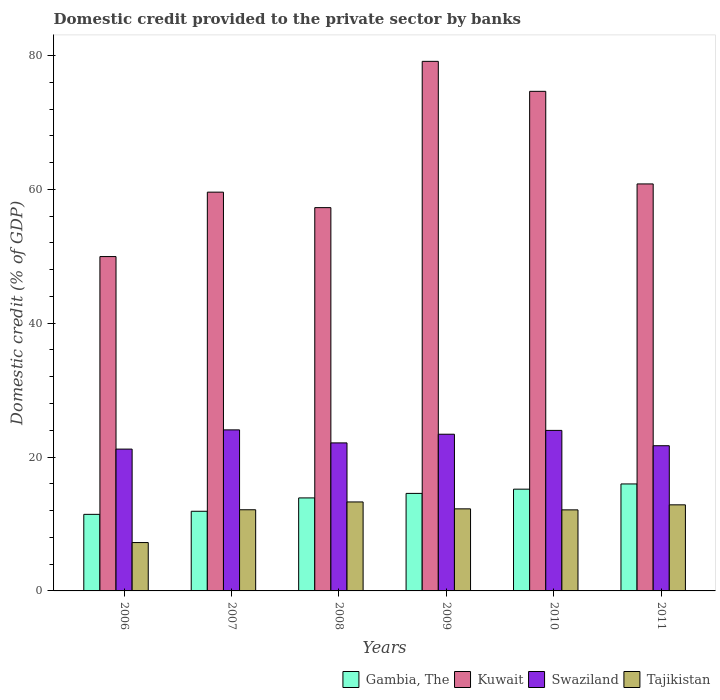
| Years | Gambia, The | Kuwait | Swaziland | Tajikistan |
 | --- | --- | --- | --- | --- |
 | 2006 | 11.4 | 50 | 21.2 | 7.23 |
 | 2007 | 11.9 | 59.6 | 24.1 | 12.1 |
 | 2008 | 13.9 | 57.3 | 22.1 | 13.3 |
 | 2009 | 14.6 | 79.1 | 23.4 | 12.3 |
 | 2010 | 15.2 | 74.6 | 24 | 12.1 |
 | 2011 | 16 | 60.8 | 21.7 | 12.9 |